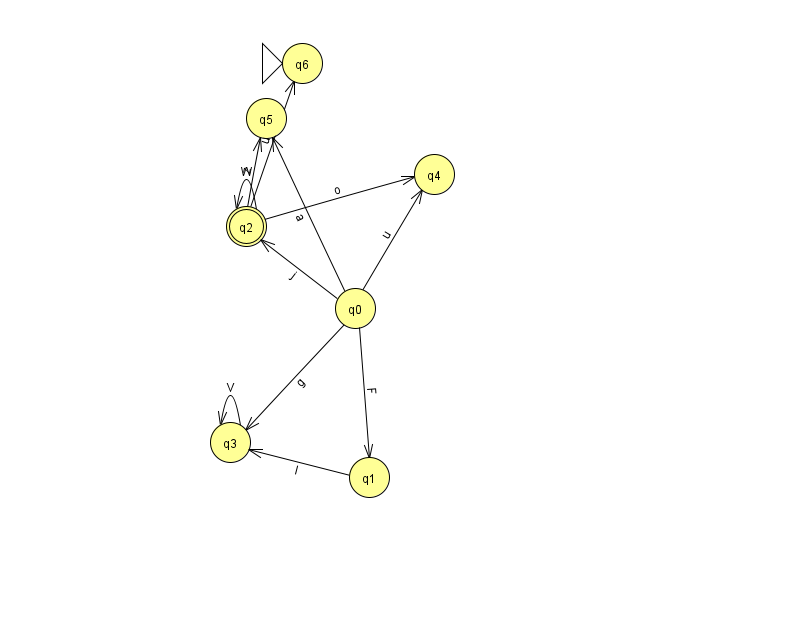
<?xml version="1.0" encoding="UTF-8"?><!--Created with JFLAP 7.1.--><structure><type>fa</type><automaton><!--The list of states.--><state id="0" name="q0"><x>355.0</x><y>295.0</y></state><state id="1" name="q1"><x>369.0</x><y>464.0</y></state><state id="2" name="q2"><x>246.0</x><y>213.0</y><final/></state><state id="3" name="q3"><x>230.0</x><y>429.0</y></state><state id="4" name="q4"><x>434.0</x><y>161.0</y></state><state id="5" name="q5"><x>266.0</x><y>105.0</y></state><state id="6" name="q6"><x>302.0</x><y>50.0</y><initial/></state><!--The list of transitions.--><transition><from>0</from><to>1</to><read>F</read></transition><transition><from>2</from><to>4</to><read>o</read></transition><transition><from>0</from><to>2</to><read>j</read></transition><transition><from>0</from><to>4</to><read>u</read></transition><transition><from>1</from><to>3</to><read>I</read></transition><transition><from>3</from><to>3</to><read>V</read></transition><transition><from>2</from><to>2</to><read>W</read></transition><transition><from>2</from><to>5</to><read>z</read></transition><transition><from>0</from><to>3</to><read>g</read></transition><transition><from>0</from><to>5</to><read>a</read></transition><transition><from>2</from><to>6</to><read>u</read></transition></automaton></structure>